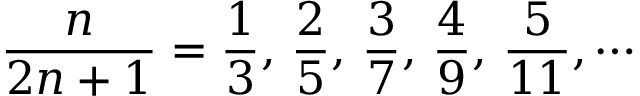
{ \frac { n } { 2 n + 1 } } = { \frac { 1 } { 3 } } , \, { \frac { 2 } { 5 } } , \, { \frac { 3 } { 7 } } , \, { \frac { 4 } { 9 } } , \, { \frac { 5 } { 1 1 } } , \cdots